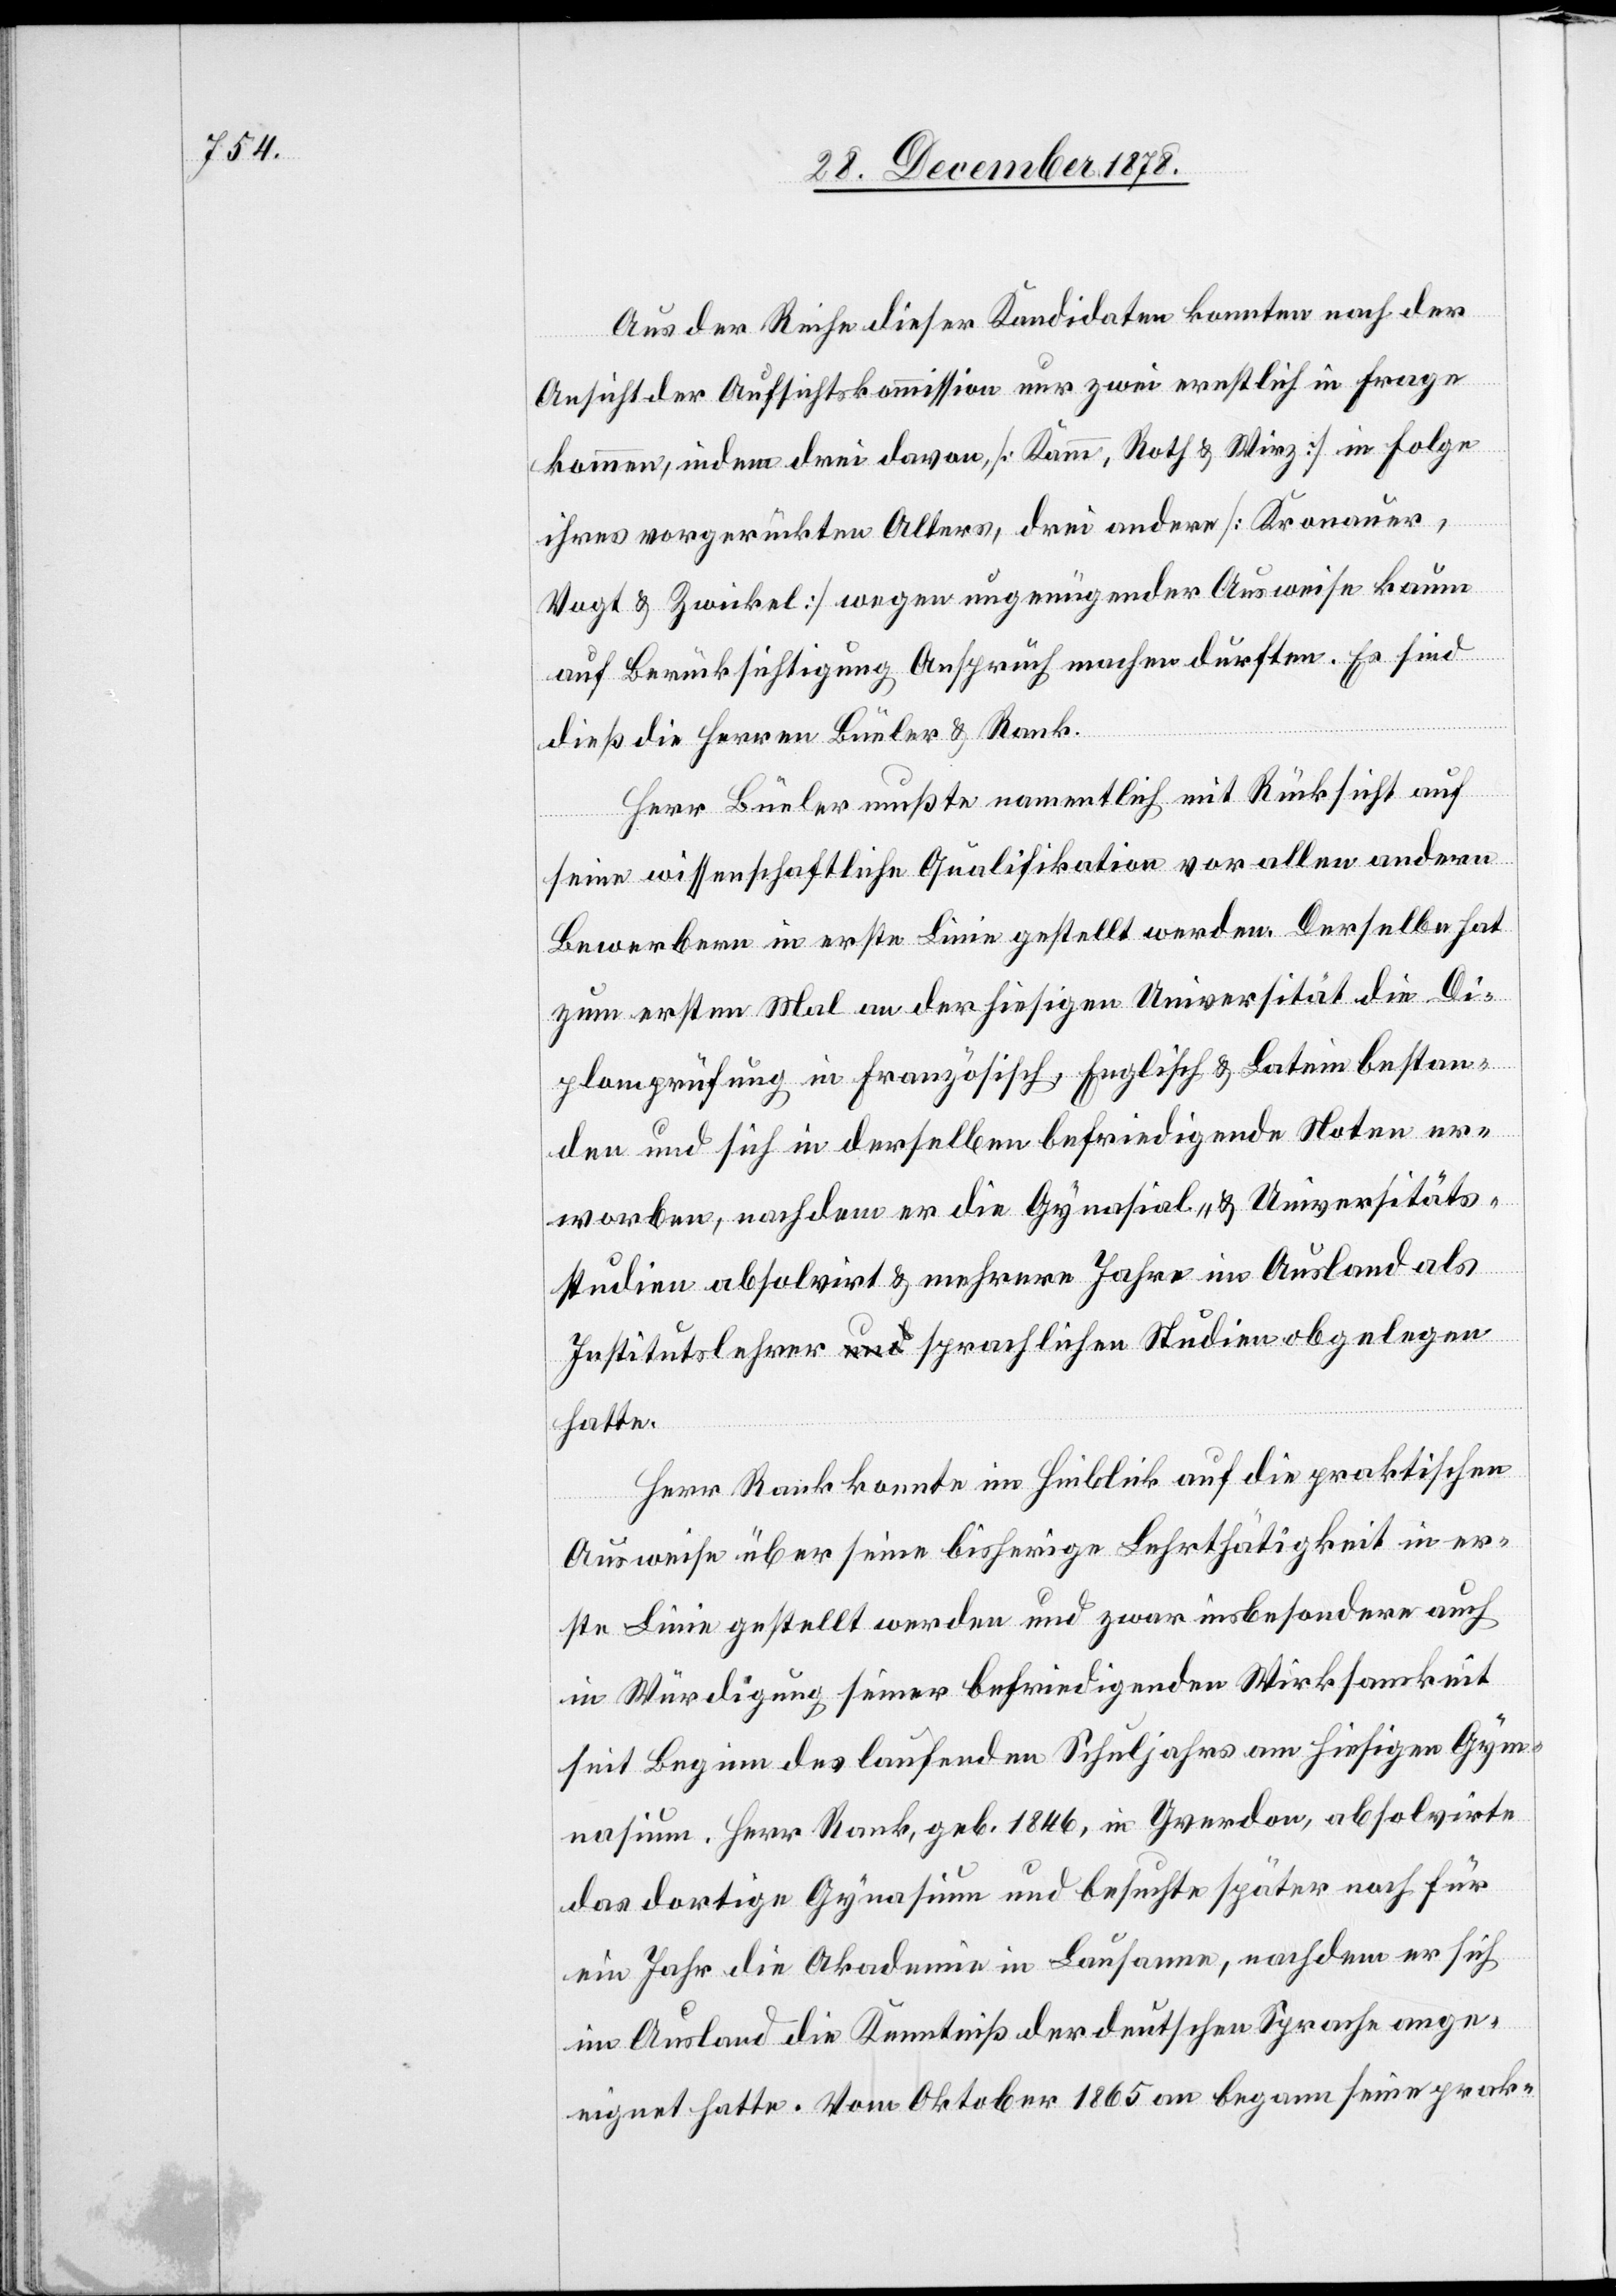
Aus der Reihe dieser Kandidaten konnten nach der
Ansicht der Aufsichtskommission nur zwei ernstlich in Frage
kommen, indem drei davon, [Kamm, Roth & Wirz] in Folge
ihres vorgerückten Alters, drei andere [Kronauer,
Vogt & Zwickel] wegen ungenügender Ausweise kaum
auf Berücksichtigung Anspruch machen durften. Es sind
dieß die Herren Büeler & Rank.
Herr Büeler mußte namentlich mit Rücksicht auf
seine wissenschaftliche Qualifikation vor allen andern
Bewerbern in erste Linie gestellt werden. Derselbe hat
zum ersten Mal an der hiesigen Universität die Di¬
plomprüfung in Französisch, Englisch & Latein bestan¬
den und sich in derselben befriedigende Noten er¬
worben, nachdem er die Gymnasial- & Universitäts¬
studien absolvirt & mehrere Jahre im Ausland als
Institutslehrer sprachlichen Studien obgelegen
hatte.
Herr Rank konnte im Hinblick auf die praktischen
Ausweise über seine bisherige Lehrthätigkeit in er¬
ste Linie gestellt werden und zwar insbesondere auch
in Würdigung seiner befriedigenden Wirksamkeit
seit Beginn des laufenden Schuljahres am hiesigen Gym¬
nasium. Herr Rank, geb. 1846, in Yverdon, absolvirte
das dortige Gymnasium und besuchte später noch für
ein Jahr die Akademie in Lausanne, nachdem er sich
im Ausland die Kenntniß der deutschen Sprache ange¬
eignet hatte. Vom Oktober 1856 an begann seine prak-